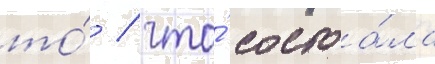
то́ / что́ состоа́ла